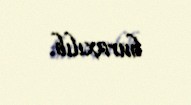
buraxılıb.